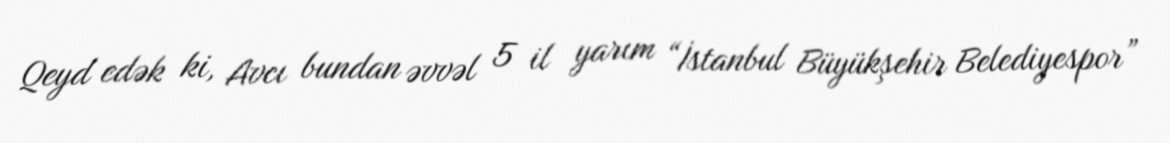
Qeyd edək ki, Avcı bundan əvvəl 5 il yarım “İstanbul Büyükşehir Belediyespor”